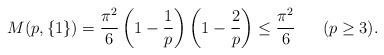
LaTeX: \begin{align*}M(p,\{1\})={\pi^2\over 6}\left (1-{1\over p}\right )\left (1-{2\over p}\right )\leq\frac{\pi^2}{6}\ \ \ \ \ \hbox{($p\geq 3$)}.\end{align*}